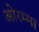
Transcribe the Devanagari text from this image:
ओरम्मा